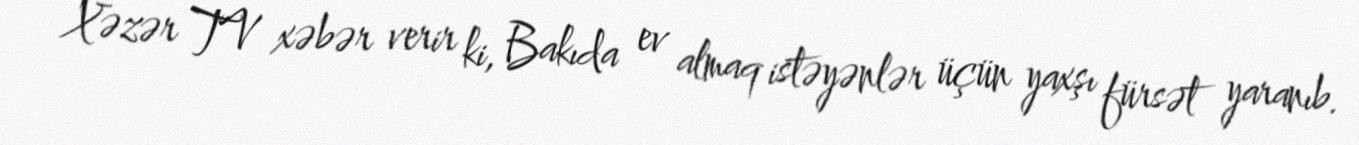
Xəzər TV xəbər verir ki, Bakıda ev almaq istəyənlər üçün yaxşı fürsət yaranıb.